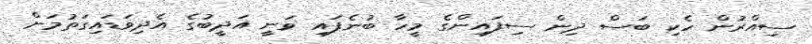
ސިއްރުން ހެކި ބަސް ދިން ސިފައިންގެ މީހާ ބުނެފައި ވަނީ އަދީބުގެ އެދިވަޑައިގަތުމަށް